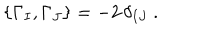
LaTeX: \{ \Gamma _ { I } , \Gamma _ { J } \} = - 2 \, \delta _ { I J } ~ .